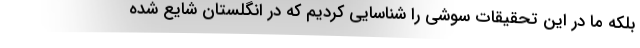
بلکه ما در این تحقیقات سوشی را شناسایی کردیم که در انگلستان شایع شده